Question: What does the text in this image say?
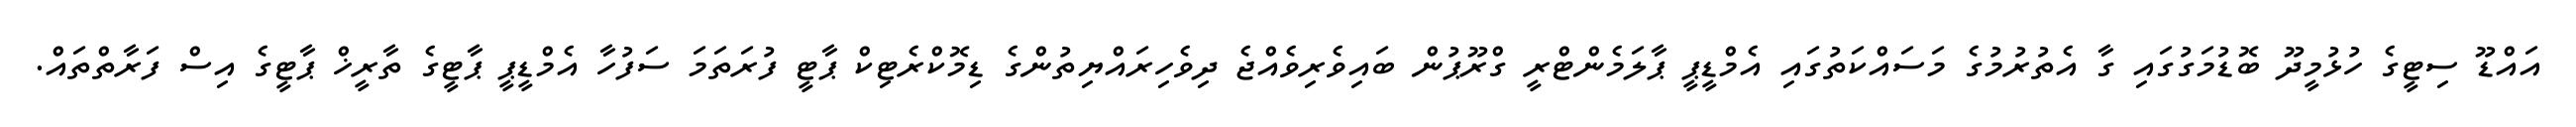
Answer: އައްޑޫ ސިޓީގެ ހުޅުމީދޫ ބޮޑުމަގުގައި ގާ އެތުރުމުގެ މަސައްކަތުގައި އެމްޑީޕީ ޕާލަމެންޓްރީ ގްރޫޕުން ބައިވެރިވެއްޖެ ދިވެހިރައްޔިތުންގެ ޑިމޮކްރެޓިކް ޕާޓީ ފުރަތަމަ ސަފުހާ އެމްޑީޕީ ޕާޓީގެ ތާރީޚް ޕާޓީގެ އިސް ފަރާތްތައް.